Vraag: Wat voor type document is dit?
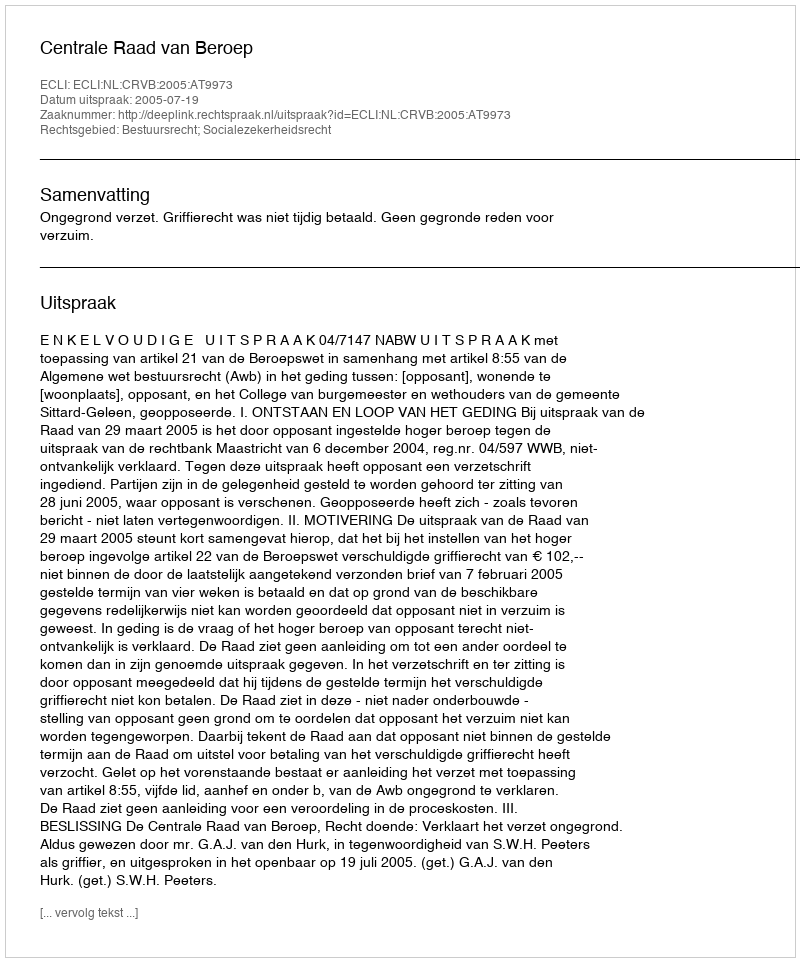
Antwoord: Uitspraak